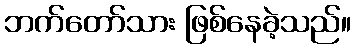
ဘက်တော်သား ဖြစ်နေခဲ့သည်။